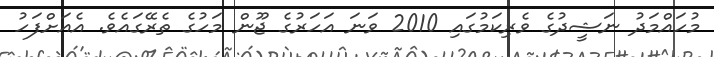
މުހައްމަދު ނަޝީދުގެ ވެރިކަމުގައި 2010 ވަނަ އަހަރުގެ ޖޫން މަހުގެ ތެރޭގައެވެ. އެއަށްފަހު